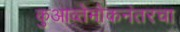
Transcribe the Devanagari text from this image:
कुआव्तेमोकनंतरचा